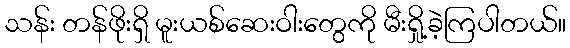
သန်း တန်ဖိုးရှိ မူးယစ်ဆေးဝါးတွေကို မီးရှို့ခဲ့ကြပါတယ်။